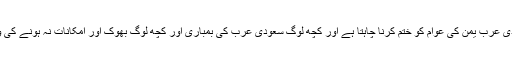
انہوں نے مزید کہا کہ سعودی عرب یمن کی عوام کو ختم کرنا چاہتا ہے اور کچھ لوگ سعودی عرب کی بمباری اور کچھ لوگ بھوک اور امکانات نہ ہونے کی وجہ سے ہلاک ہو رہے ہیں۔